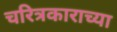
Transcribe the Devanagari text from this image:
चरित्रकाराच्या